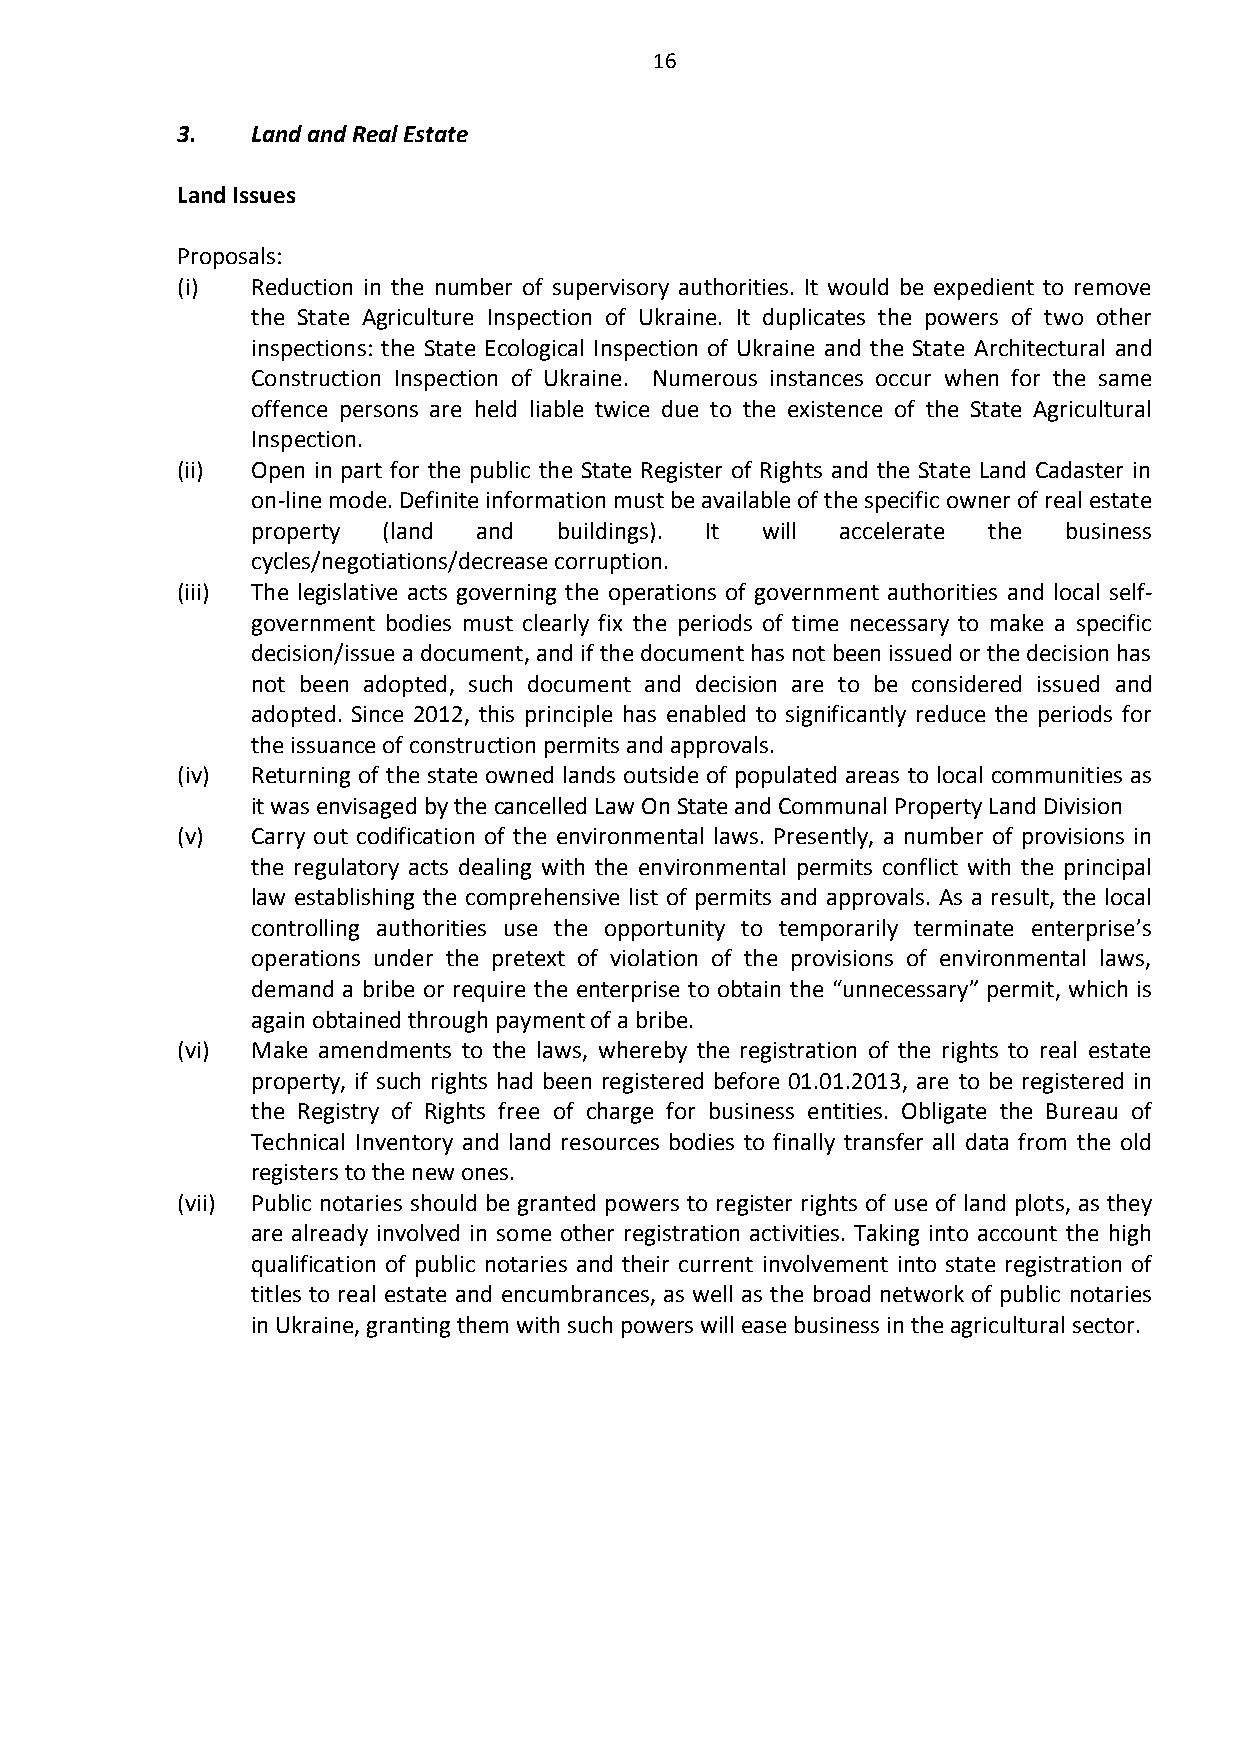
16
 3.   Land and Real Estate
 Land Issues
 Proposals:
 (i)  Reduction in the number of supervisory authorities. It would be expedient to remove
 the State Agriculture Inspection of Ukraine. It duplicates the powers of two other
 inspections: the State Ecological Inspection of Ukraine and the State Architectural and
 Construction Inspection of Ukraine. Numerous instances occur when for the same
 offence persons are held liable twice due to the existence of the State Agricultural
 Inspection.
 (ii) Open in part for the public the State Register of Rights and the State Land Cadaster in
 on-line mode. Definite information must be available of the specific owner of real estate
 property (land and  buildings). It will accelerate the business
 cycles/negotiations/decrease corruption.
 (iii) The legislative acts governing the operations of government authorities and local self-
 government bodies must clearly fix the periods of time necessary to make a specific
 decision/issue a document, and if the document has not been issued or the decision has
 not been adopted, such document and decision are to be considered issued and
 adopted. Since 2012, this principle has enabled to significantly reduce the periods for
 the issuance of construction permits and approvals.
 (iv) Returning of the state owned lands outside of populated areas to local communities as
 it was envisaged by the cancelled Law On State and Communal Property Land Division
 (v)  Carry out codification of the environmental laws. Presently, a number of provisions in
 the regulatory acts dealing with the environmental permits conflict with the principal
 law establishing the comprehensive list of permits and approvals. As a result, the local
 controlling authorities use the opportunity to temporarily terminate enterprise’s
 operations under the pretext of violation of the provisions of environmental laws,
 demand a bribe or require the enterprise to obtain the “unnecessary” permit, which is
 again obtained through payment of a bribe.
 (vi) Make amendments to the laws, whereby the registration of the rights to real estate
 property, if such rights had been registered before 01.01.2013, are to be registered in
 the Registry of Rights free of charge for business entities. Obligate the Bureau of
 Technical Inventory and land resources bodies to finally transfer all data from the old
 registers to the new ones.
 (vii) Public notaries should be granted powers to register rights of use of land plots, as they
 are already involved in some other registration activities. Taking into account the high
 qualification of public notaries and their current involvement into state registration of
 titles to real estate and encumbrances, as well as the broad network of public notaries
 in Ukraine, granting them with such powers will ease business in the agricultural sector.